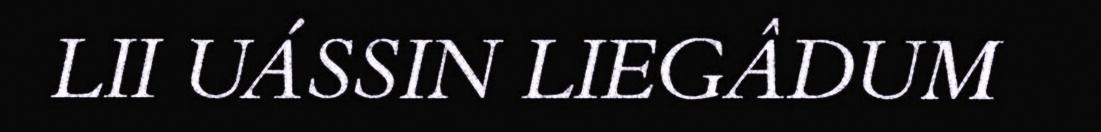
LII UÁSSIN LIEGÂDUM